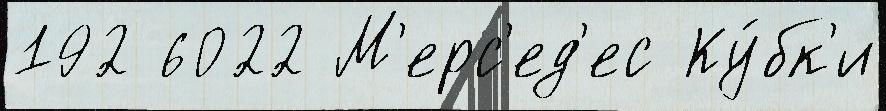
192 6022 М'ерс'ед'ес Ку́бк'и